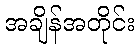
အချိန်အတိုင်း